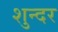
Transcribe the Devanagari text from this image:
शुन्दर